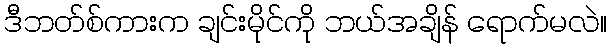
ဒီဘတ်စ်ကားက ချင်းမိုင်ကို ဘယ်အချိန် ရောက်မလဲ။